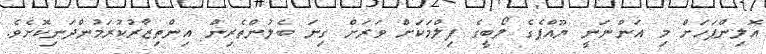
އޮލިންޕަހަށް މި އަންނަނީ ޔޫއްޕެގެ ލޯބީގެ ފިލްމަކަށް ވަރަށް ގިނަ ބެލުންތެރިން އިންތިޒާރުކުރަމުންދަނިކޮށެވެ.